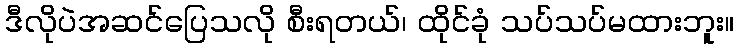
ဒီလိုပဲအဆင်ပြေသလို စီးရတယ်၊ ထိုင်ခုံ သပ်သပ်မထားဘူး။